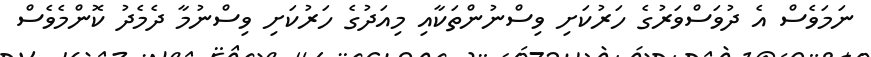
ނަމަވެސް އެ ދުވަސްވަރުގެ ހަރުކަށި ވިސްނުންތަކާއި މިއަދުގެ ހަރުކަށި ވިސްނުމާ ދެމެދު ކޮންމެވެސް